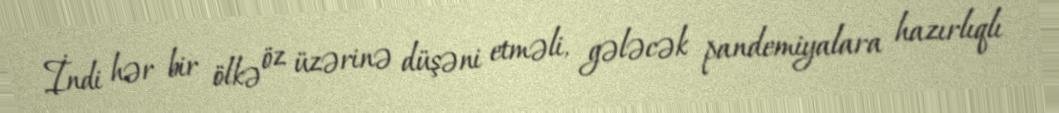
İndi hər bir ölkə öz üzərinə düşəni etməli, gələcək pandemiyalara hazırlıqlı